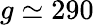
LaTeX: g\simeq 290